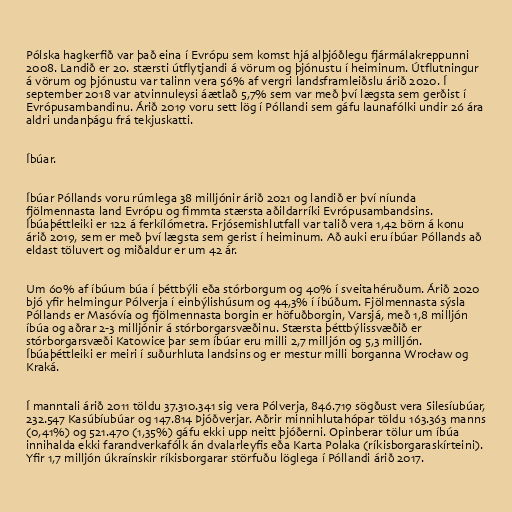
Pólska hagkerfið var það eina í Evrópu sem komst hjá alþjóðlegu fjármálakreppunni
2008. Landið er 20. stærsti útflytjandi á vörum og þjónustu í heiminum. Útflutningur
á vörum og þjónustu var talinn vera 56% af vergri landsframleiðslu árið 2020. Í
september 2018 var atvinnuleysi áætlað 5,7% sem var með því lægsta sem gerðist í
Evrópusambandinu. Árið 2019 voru sett lög í Póllandi sem gáfu launafólki undir 26 ára
aldri undanþágu frá tekjuskatti.

Íbúar.

Íbúar Póllands voru rúmlega 38 milljónir árið 2021 og landið er því níunda
fjölmennasta land Evrópu og fimmta stærsta aðildarríki Evrópusambandsins.
Íbúaþéttleiki er 122 á ferkílómetra. Frjósemishlutfall var talið vera 1,42 börn á konu
árið 2019, sem er með því lægsta sem gerist í heiminum. Að auki eru íbúar Póllands að
eldast töluvert og miðaldur er um 42 ár.

Um 60% af íbúum búa í þéttbýli eða stórborgum og 40% í sveitahéruðum. Árið 2020
bjó yfir helmingur Pólverja í einbýlishúsum og 44,3% í íbúðum. Fjölmennasta sýsla
Póllands er Masóvía og fjölmennasta borgin er höfuðborgin, Varsjá, með 1,8 milljón
íbúa og aðrar 2-3 milljónir á stórborgarsvæðinu. Stærsta þéttbýlissvæðið er
stórborgarsvæði Katowice þar sem íbúar eru milli 2,7 milljón og 5,3 milljón.
Íbúaþéttleiki er meiri í suðurhluta landsins og er mestur milli borganna Wrocław og
Kraká.

Í manntali árið 2011 töldu 37.310.341 sig vera Pólverja, 846.719 sögðust vera Silesíubúar,
232.547 Kasúbíubúar og 147.814 Þjóðverjar. Aðrir minnihlutahópar töldu 163.363 manns
(0,41%) og 521.470 (1,35%) gáfu ekki upp neitt þjóðerni. Opinberar tölur um íbúa
innihalda ekki farandverkafólk án dvalarleyfis eða Karta Polaka (ríkisborgaraskírteini).
Yfir 1,7 milljón úkraínskir ríkisborgarar störfuðu löglega í Póllandi árið 2017.